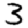
Digit: 3